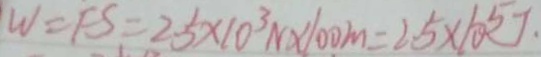
W = F S = 2 . 5 \times 1 0 ^ { 3 } N \times 1 0 0 m = 2 . 5 \times 1 0 ^ { 5 } J .